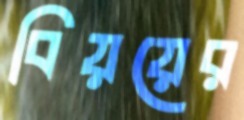
বিয়য়ের